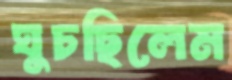
ঘুচছিলেম